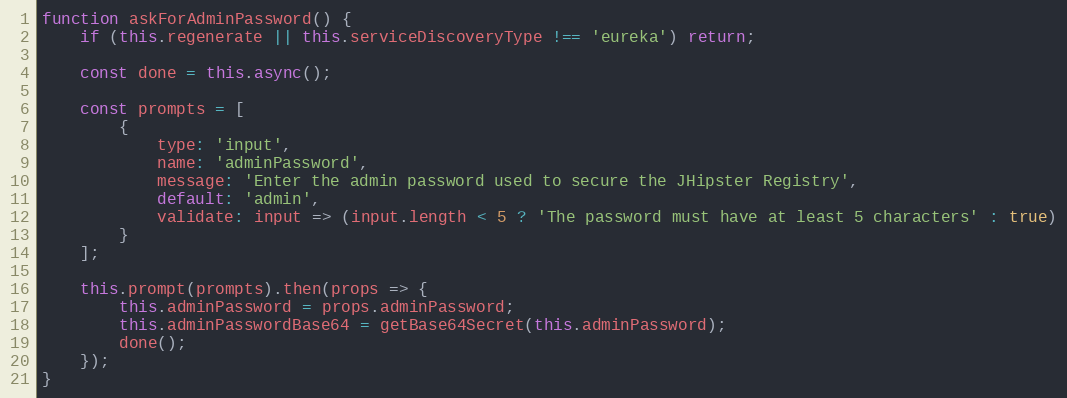
Language: JavaScript
function askForAdminPassword() {
    if (this.regenerate || this.serviceDiscoveryType !== 'eureka') return;

    const done = this.async();

    const prompts = [
        {
            type: 'input',
            name: 'adminPassword',
            message: 'Enter the admin password used to secure the JHipster Registry',
            default: 'admin',
            validate: input => (input.length < 5 ? 'The password must have at least 5 characters' : true)
        }
    ];

    this.prompt(prompts).then(props => {
        this.adminPassword = props.adminPassword;
        this.adminPasswordBase64 = getBase64Secret(this.adminPassword);
        done();
    });
}